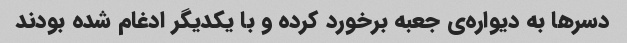
دسر‌ها به دیواره‌ی جعبه برخورد کرده و با یکدیگر ادغام شده بودند